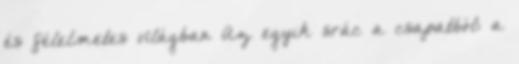
és félelmetes világban Az egyik srác a csapatból: a